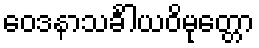
ဝေဒနာသင်္ခါယဝိမုတ္တော